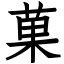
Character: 菓